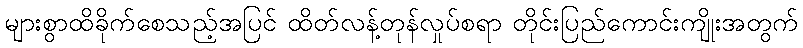
များစွာထိခိုက်စေသည့်အပြင် ထိတ်လန့်တုန်လှုပ်စရာ တိုင်းပြည်ကောင်းကျိုးအတွက်